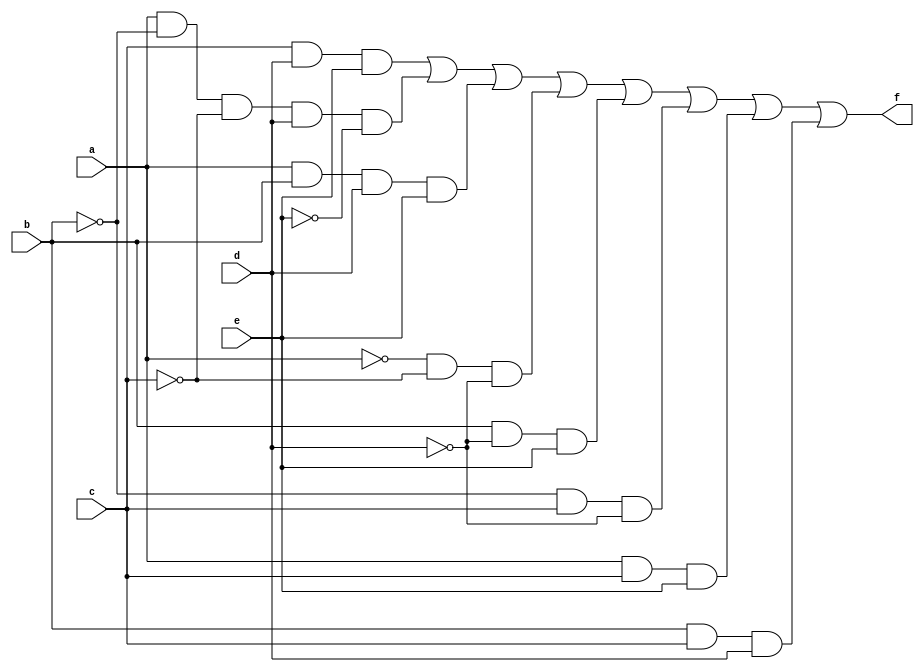
// ---------------------
// Guia08_03
// Nome: Luiz Felipe Fonseca
// ---------------------

// ---------------------
// -- module
// ---------------------

 module circuito (f, a, b, c, d, e);
 output f;
 input  a, b, c, d,e;
 wire s0, s1, s2, s3, s4, s5, s6, s7, s8, s9, s10, s11, s12;
 
 not NOT1 (s8, a);
 not NOT2 (s9, b);
 not NOT3 (s10, c);
 not NOT4 (s11, d);
 not NOT5 (s12,e);
 
 and AND1 (s0, c, d, e);
 and AND2 (s1, a, s9, s10, d, s12);
 and AND3 (s2, a, b, d, e);
 and AND4 (s3, s8, s10, s11);
 and AND5 (s4, b, s11, e);
 and AND6 (s5, s9, c, s11);
 and AND7 (s6, a, c, e);
 and AND8 (s7, b, c,d);
 or  OR1  (f, s0, s1, s2, s3, s4, s5, s6, s7);

    
 endmodule // circuito 

// ----------------------
// -- Exercicio0803
// ----------------------

 module Exercicio0803;
 reg   a, b, c, d,e;
 wire  s0;

 circuito circuito03 (s0, a, b, c,d, e);
 
          // parte principal
 initial begin
      $display("Exercicio0803");
      $display("Luiz Felipe Fonseca");
      $display("\na  b  c  d  e =  s0  \n");
      $monitor("%b  %b  %b  %b %b  =  %b", a, b, c, d, e, s0);   
	   a=0;b=0;c=0;d=0;e=0;
   #1 a=0;b=0;c=0;d=1;e=0;
   #1 a=0;b=0;c=1;d=0;e=0;
   #1 a=0;b=0;c=1;d=1;e=1;
   #1 a=0;b=1;c=0;d=0;e=1;
   #1 a=0;b=1;c=0;d=1;e=1;
   #1 a=0;b=1;c=1;d=0;e=1;
   #1 a=0;b=1;c=1;d=1;e=1;
   #1 a=1;b=0;c=0;d=0;e=1;
   #1 a=1;b=0;c=0;d=1;e=0;
   #1 a=1;b=0;c=1;d=0;e=0;
   #1 a=1;b=0;c=1;d=1;e=1;
   #1 a=1;b=1;c=0;d=0;e=1;
   #1 a=1;b=1;c=0;d=1;e=1;
   #1 a=1;b=1;c=1;d=0;e=1;
   #1 a=1;b=1;c=1;d=1;e=1;
	#1 a=0;b=0;c=0;d=0;e=1;
   #1 a=0;b=1;c=0;d=0;e=0;
   #1 a=0;b=0;c=1;d=0;e=1;   
   #1 a=0;b=0;c=1;d=1;e=1;  
 
 
 end  

endmodule // Exercicio0803